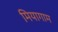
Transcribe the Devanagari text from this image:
मियागाम